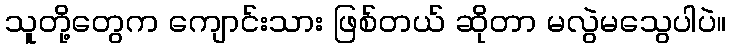
သူတို့တွေက ကျောင်းသား ဖြစ်တယ် ဆိုတာ မလွဲမသွေပါပဲ။